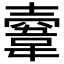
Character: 𩎲